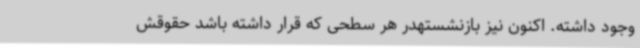
وجود داشته. اکنون نیز بازنشستهدر هر سطحی که قرار داشته باشد حقوقش